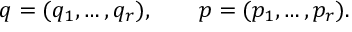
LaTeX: q = ( q _ { 1 } , \ldots , q _ { r } ) , \qquad p = ( p _ { 1 } , \ldots , p _ { r } ) .